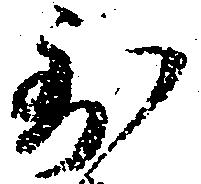
到